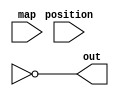
/*
   This file was generated automatically by the Mojo IDE version B1.3.5.
   Do not edit this file directly. Instead edit the original Lucid source.
   This is a temporary file and any changes made to it will be destroyed.
*/

module convertToDisplay_1 (
    input [399:0] map,
    input [399:0] position,
    output reg [255:0] out
  );
  
  
  
  reg [255:0] placehold;
  
  integer loop;
  
  always @* begin
    for (loop = 2'h2; loop < 5'h12; loop = loop + 1'h1) begin
      placehold[(loop - 2'h2)*16+15-:16] = map[(loop)*20+2+15-:16] + position[(loop)*20+2+15-:16];
    end
    out = ~placehold;
  end
endmodule